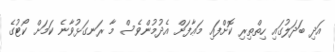
އަދި ބަަދަލުގައި ހިިތްތިރި ކޮށްފައި މަޢާފަށް އެދުމުންވެސް މާ ރަނގަޅުވާނެ ކަމަށް ކޯޓުގެ